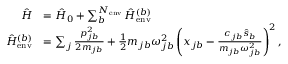
\begin{array} { r l } { \hat { H } } & { = \hat { H } _ { 0 } + \sum _ { b } ^ { N _ { \mathrm { e n v } } } \hat { H } _ { \mathrm { e n v } } ^ { ( b ) } } \\ { \hat { H } _ { \mathrm { e n v } } ^ { ( b ) } } & { = \sum _ { j } \frac { p _ { j b } ^ { 2 } } { 2 m _ { j b } } + \frac { 1 } { 2 } m _ { j b } \omega _ { j b } ^ { 2 } \left( x _ { j b } - \frac { c _ { j b } \hat { s } _ { b } } { m _ { j b } \omega _ { j b } ^ { 2 } } \right) ^ { 2 } , } \end{array}